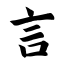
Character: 言